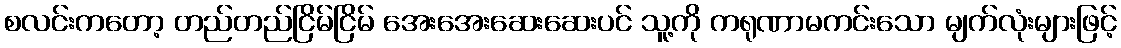
စလင်းကတော့ တည်တည်ငြိမ်ငြိမ် အေးအေးဆေးဆေးပင် သူ့ကို ကရုဏာမကင်းသော မျက်လုံးများဖြင့်